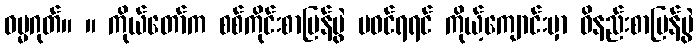
ဓမ္မဂုတ်။ ။ ကိုယ်တော်က စစ်ကိုင်းစာပြန်ပွဲ မဝင်ရရင် ကိုယ့်ကျောင်းမှာ ဝိနည်းစာပြန်ပွဲ